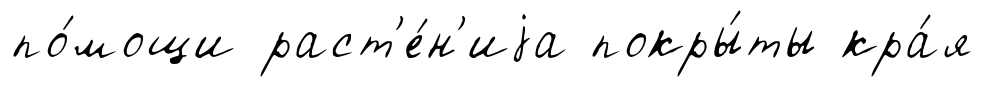
по́мощи раст'е́н'иjа покры́ты кра́я